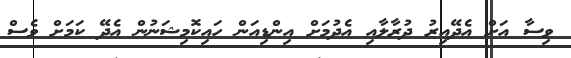
ވިސާ އަށް އެދޭއިރު ދުރާލާއި އެދުމަށް އިންޑިއަން ހައިކޮމިޝަނުން އެދޭ ކަމަށް ވެސް